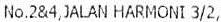
NO.2&4,JALAN HARMONI 3/2,